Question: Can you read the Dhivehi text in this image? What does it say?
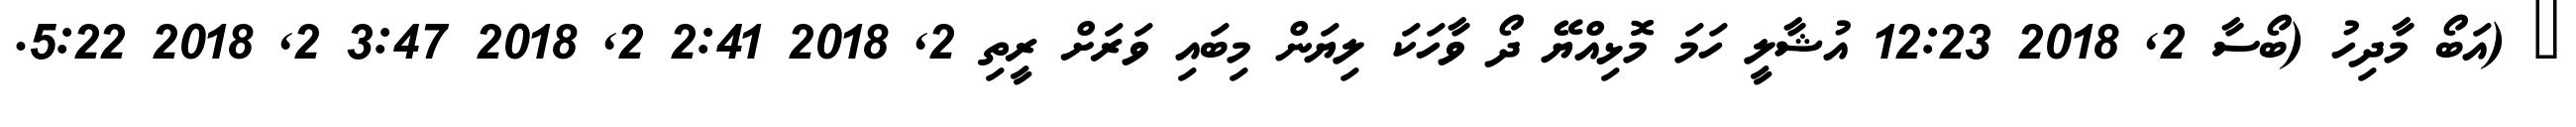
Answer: ? (އަބޯ މާދިހު (ބޯސާ 2, 2018 12:23 އުޝާލީ ހަމަ މޮޅިއްޔޭ ދޯ ވާހަކަ ލިޔަން މިބައި ވަރަށް ރީތި 2, 2018 2:41 2, 2018 3:47 2, 2018 5:22.